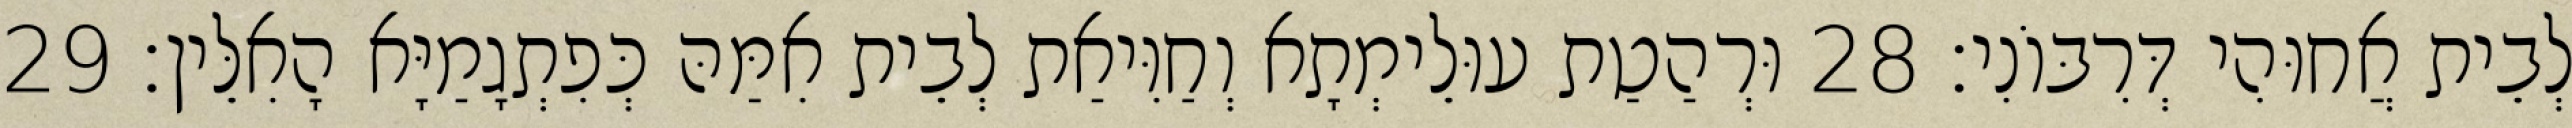
לְבֵית אֲחוּהִי דְּרִבּוֹנִי׃ 28 וּרְהַטַת עוּלֵימְתָא וְחַוִּיאַת לְבֵית אִמַּהּ כְּפִתְגָמַיָּא הָאִלֵּין׃ 29